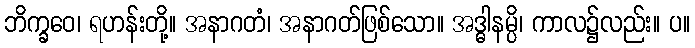
ဘိက္ခဝေ၊ ရဟန်းတို့။ အနာဂတံ၊ အနာဂတ်ဖြစ်သော။ အဒ္ဓါနမ္ပိ၊ ကာလ၌လည်း။ ပ။